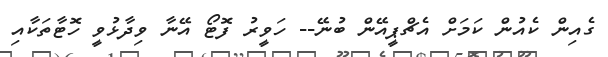
ގެއިން ކެއުން ކަމަށް އެޗްޕީއޭން ބުނޭ-- ހަވީރު ފޮޓޯ އޭނާ ވިދާޅުވީ ހޮޓާތަކާއި